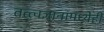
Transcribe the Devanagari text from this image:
तत्त्वज्ञानांमध्येही